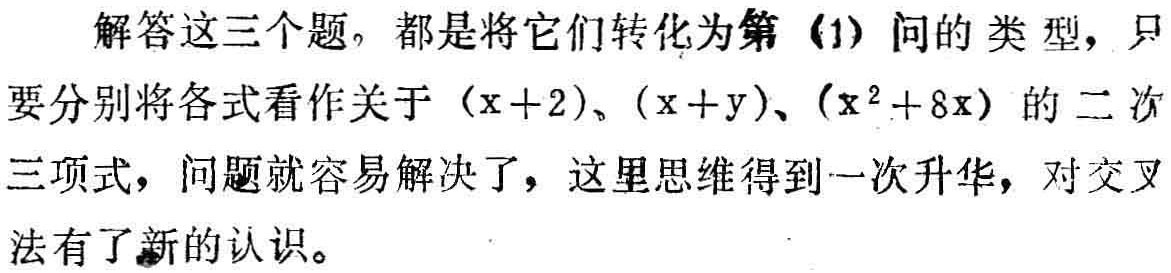
解答这三个题。都是将它们转化为第（1）问的类型，只要分别将各式看作关于\((x + 2)\)、\((x + y)\)、\((x^{2}+8x)\)的二次三项式，问题就容易解决了，这里思维得到一次升华，对交叉法有了新的认识。